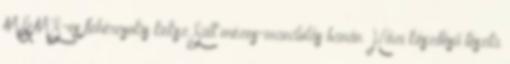
M&M'S-es fehércsokis keksz Sült mézes-mandulás banán Házi készítésű tészta